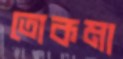
তোকমা